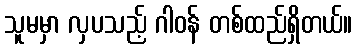
သူမမှာ လှပသည့် ဂါဝန် တစ်ထည်ရှိတယ်။